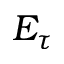
E _ { \tau }